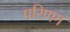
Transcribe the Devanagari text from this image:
परिणग